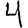
Digit: 4